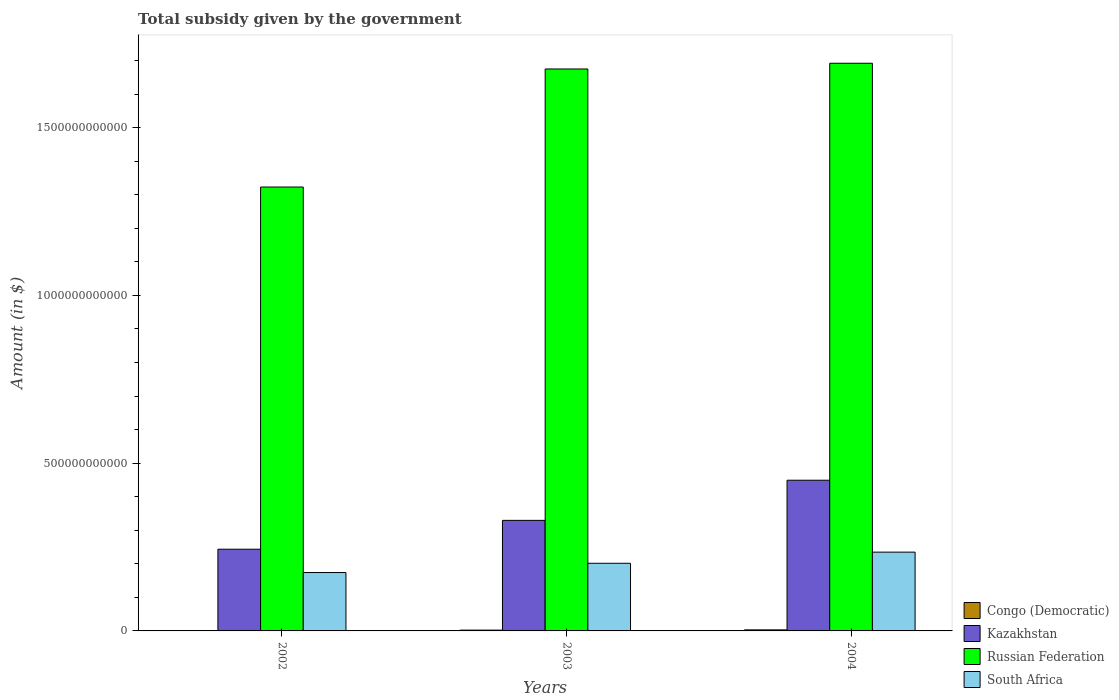
| Years | Congo (Democratic) | Kazakhstan | Russian Federation | South Africa |
 | --- | --- | --- | --- | --- |
 | 2002 | 4.16e+08 | 2.44e+11 | 1.32e+12 | 1.74e+11 |
 | 2003 | 2.38e+09 | 3.29e+11 | 1.67e+12 | 2.02e+11 |
 | 2004 | 3.12e+09 | 4.49e+11 | 1.69e+12 | 2.35e+11 |